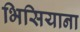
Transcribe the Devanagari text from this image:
भिसियाना